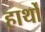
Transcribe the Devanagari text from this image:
हार्थों